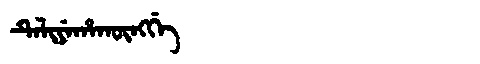
Manchu: ᡨᡝᠯᡳᠶᡝᡥᠠᡴᡡᠩᡤᡝ
Romanization: TELIYEHAKŪNGGE